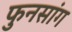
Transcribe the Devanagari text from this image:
फुनसांग